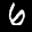
Label: 6